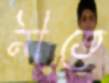
নীতে